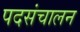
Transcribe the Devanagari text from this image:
पदसंचालन